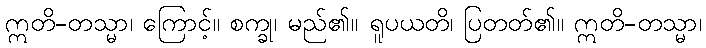
ဣတိ-တသ္မာ၊ ကြောင့်။ စက္ခု၊ မည်၏။ ရူပယတိ၊ ပြတတ်၏။ ဣတိ-တသ္မာ၊